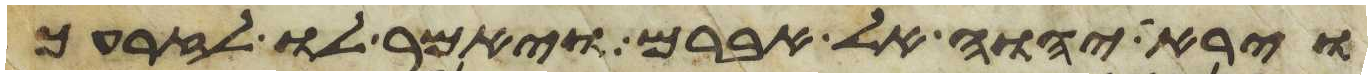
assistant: וירא יהוה אל אברם ויאמר לו לזרעך